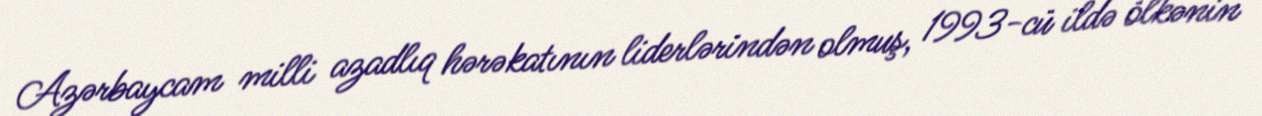
Azərbaycam milli azadlıq hərəkatının liderlərindən olmuş, 1993-cü ildə ölkənin